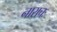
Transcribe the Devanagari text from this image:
नाराचः